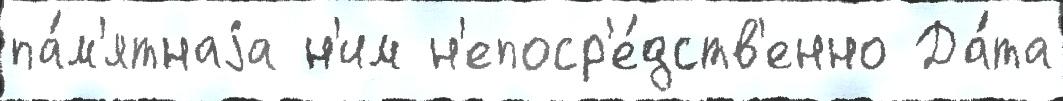
па́м'ятнаjа н'им н'епоср'е́дств'енно Да́та